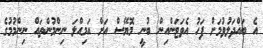
އެ ބައްދަލުވުމަށް ފަހު އެވަޓަންއިން ބުނީ މޮޔޭސް އަށް އަމިއްލަ ނިންމުންތައް ނިންމުމުގެ